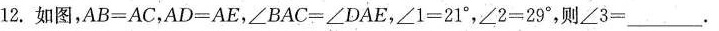
12.如图，AB=AC，AD=AE，∠BAC=∠DAE，∠1=21°，∠2=29°，则∠3=___.